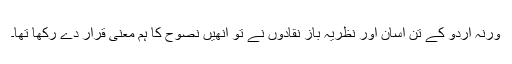
ورنہ اردو کے تن آسان اور نظریہ باز نقادوں نے تو انھیں نصوح کا ہم معنی قرار دے رکھا تھا۔